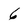
Character: 6